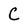
Character: C